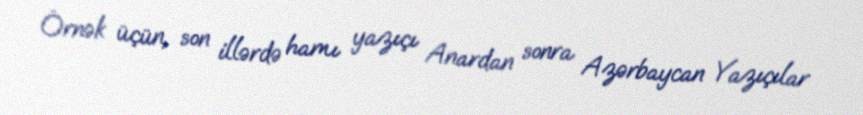
Örnək üçün, son illərdə hamı yazıçı Anardan sonra Azərbaycan Yazıçılar